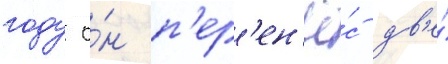
году о́н п'ер'ен'ё́с дв'е́